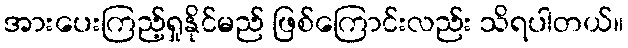
အားပေးကြည့်ရှုနိုင်မည် ဖြစ်ကြောင်းလည်း သိရပါတယ်။